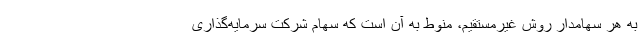
به هر سهامدار روش غیرمستقیم، منوط به آن است که سهام شرکت سرمایه‌گذاری